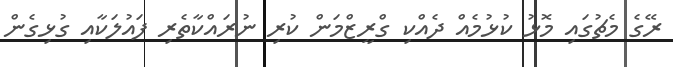
ރޭގެ މެޗުގައި މޮޅު ކުޅުމެއް ދެއްކި ގްރީޒްމަން ކުރި ނުރައްކާތެރި ފައުލަކާއި ގުޅިގެން